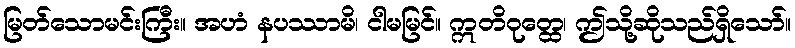
မြတ်သောမင်းကြီး။ အဟံ နပဿာမိ၊ ငါမမြင်။ ဣတိဝုတ္ထေ၊ ဤသို့ဆိုသည်ရှိသော်။